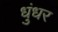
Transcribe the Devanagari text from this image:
धुंधर